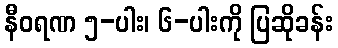
နီဝရဏ ၅-ပါး၊ ၆-ပါးကို ပြဆိုခန်း